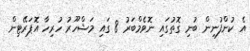
އެ ކުންފުނިން ބުނި ގޮތުގައި ނޮވެމްބަރު 8 ގައި މަޝްހޫރު ހުރިހާ އޮޕަރޭޓިން